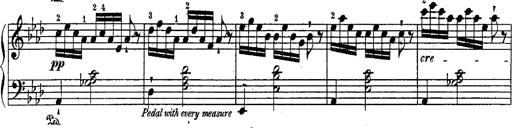
Title: Schubert's Impromptus [revised and edited by Franz Liszt]
Composer: Franz Liszt